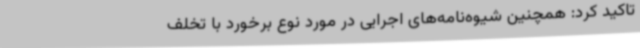
تاکید کرد: همچنین شیوه‌نامه‌های اجرایی در مورد نوع برخورد با تخلف